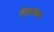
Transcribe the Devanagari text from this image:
पित्तस्त्राव